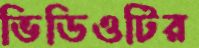
ভিডিওটির